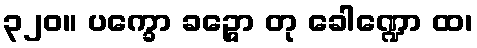
၃၂၀။ ပက္ခော ခဉ္ဇော တု ခေါဏ္ဍော ထ၊